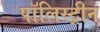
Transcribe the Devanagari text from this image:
पॉलिस्ट्रीन